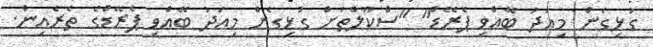
ގުޅިގެން މިއަދު ބޭއްވި ޕެރޭޑް" "ސްކޫލްތަށް ގުޅިގެން މިއަދު ބޭއްވި ޕެރޭޑްގެ ތެރެއިން.